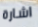
اشارة